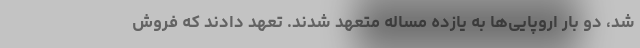
شد، دو بار اروپایی‌ها به یازده مساله متعهد شدند. تعهد دادند که فروش